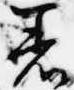
着